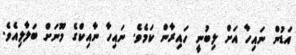
އަޑުން ނައިހާ އަށް ލިބުނީ ހައިރާން ކަމެވެ. ނައިހާ ނާއިކްގެ މޫނަށް ބަލާލިއެވެ.